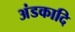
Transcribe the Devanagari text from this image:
अंडकादि